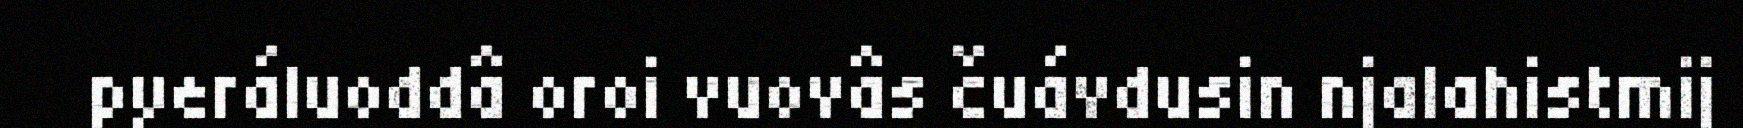
pyeráluoddâ oroi vuovâs čuávdusin njalahistmij